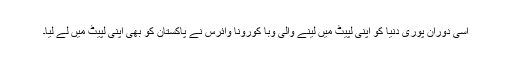
اسی دوران پوری دنیا کو اپنی لپیٹ میں لینے والی وبا کورونا وائرس نے پاکستان کو بھی اپنی لپیٹ میں لے لیا۔